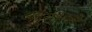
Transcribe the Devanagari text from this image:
अनुसंधकों